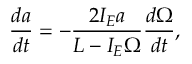
\frac { d a } { d t } = - \frac { 2 I _ { E } a } { L - I _ { E } \Omega } \frac { d \Omega } { d t } ,